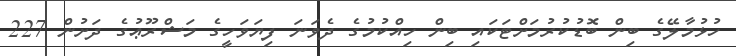
ހުޅުމާލޭގެ ބިން ބޮޑުކުރުމަށްޓަކައި ބިން ހިއްކުމުގެ ދެވަނަ ފިޔަވަހީގެ މަޝްރޫޢުގެ ދަށުން 227